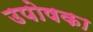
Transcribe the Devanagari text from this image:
उपोषका